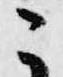
ニ